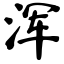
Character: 浑